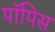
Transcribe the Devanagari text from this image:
पॉपिस